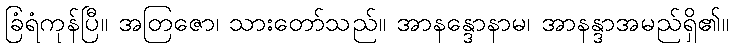
ခြံရံကုန်ပြီ။ အတြဇော၊ သားတော်သည်။ အာနန္ဒောနာမ၊ အာနန္ဒာအမည်ရှိ၏။